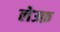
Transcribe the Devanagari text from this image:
लेउफ़